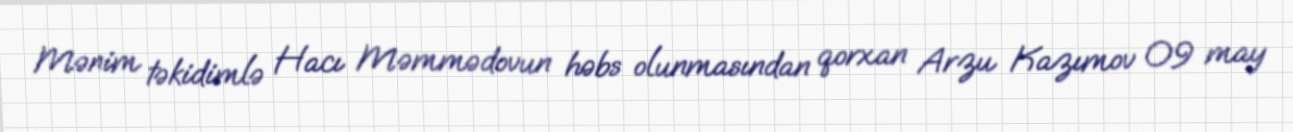
Mənim təkidimlə Hacı Məmmədovun həbs olunmasından qorxan Arzu Kazımov 09 may